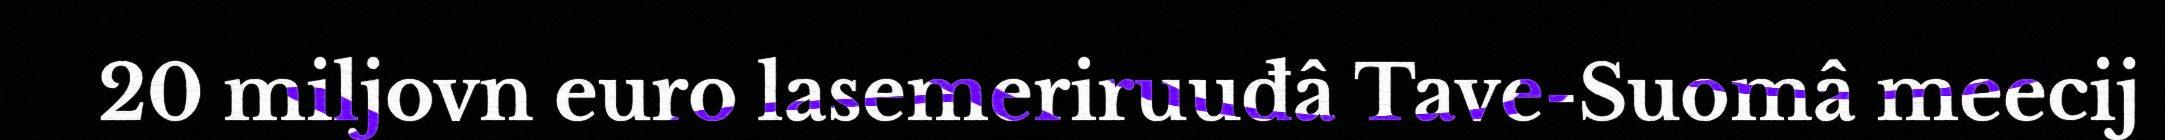
20 miljovn euro lasemeriruuđâ Tave-Suomâ meecij